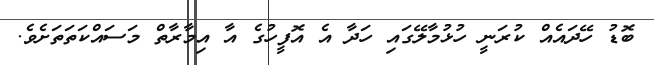
ބޮޑު ހޭދައެއް ކުރަނީ ހުޅުމާލޭގައި ހަދާ އެ އޮފީހުގެ އާ އިމާރާތް މަސައްކަތަތަށެވެ.